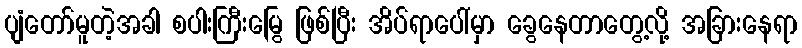
ပျံတော်မူတဲ့အခါ စပါးကြီးမြွေ ဖြစ်ပြီး အိပ်ရာပေါ်မှာ ခွေနေတာတွေ့လို့ အခြားနေရာ